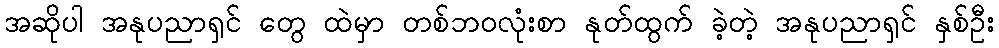
အဆိုပါ အနုပညာရှင် တွေ ထဲမှာ တစ်ဘဝလုံးစာ နုတ်ထွက် ခဲ့တဲ့ အနုပညာရှင် နှစ်ဦး